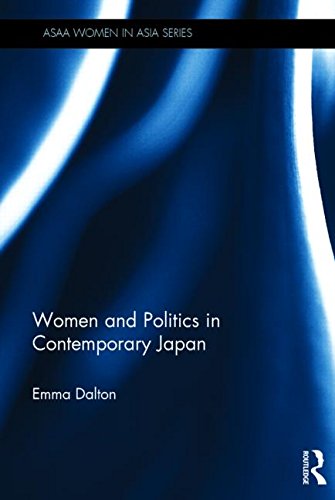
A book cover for Women and Politics in Contemporary Japan (ASAA Women in Asia Series); Emma Dalton; Gay & Lesbian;